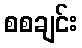
စစချင်း